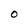
Character: 0